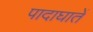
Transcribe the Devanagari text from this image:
पादाघातें